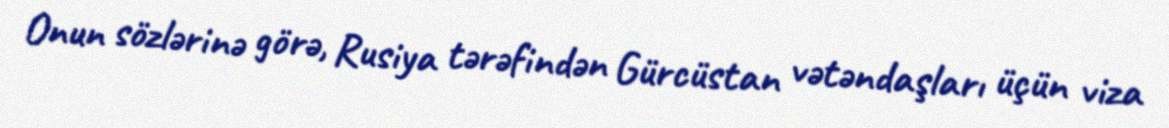
Onun sözlərinə görə, Rusiya tərəfindən Gürcüstan vətəndaşları üçün viza